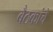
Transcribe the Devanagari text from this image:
बैठकांचे